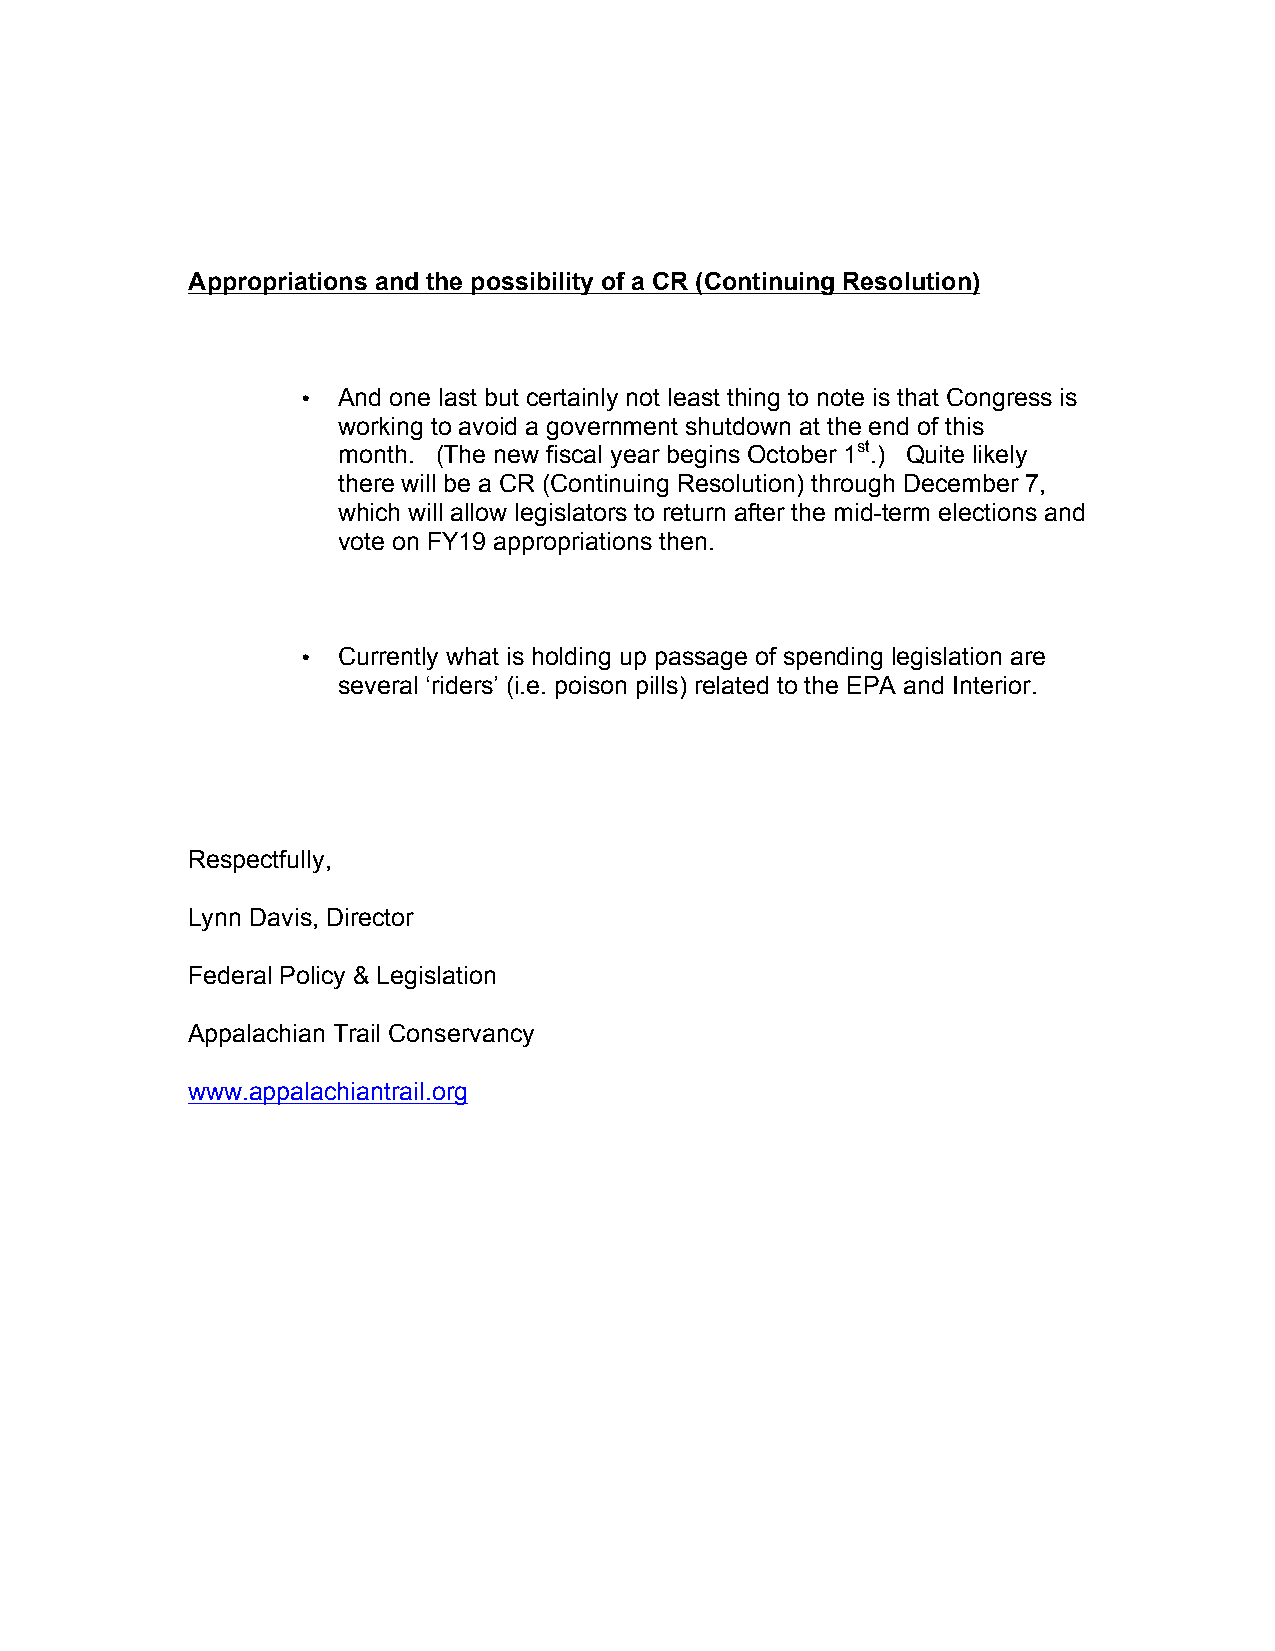
Appropriations and the possibility of a CR (Continuing Resolution)
 • And one last but certainly not least thing to note is that Congress is
 working to avoid a government shutdown at the end of this
 month. (The new fiscal year begins October 1st.) Quite likely
 there will be a CR (Continuing Resolution) through December 7,
 which will allow legislators to return after the mid-term elections and
 vote on FY19 appropriations then.
 • Currently what is holding up passage of spending legislation are
 several ‘riders’ (i.e. poison pills) related to the EPA and Interior.
 Respectfully,
 Lynn Davis, Director
 Federal Policy & Legislation
 Appalachian Trail Conservancy
 www.appalachiantrail.org